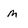
Character: m